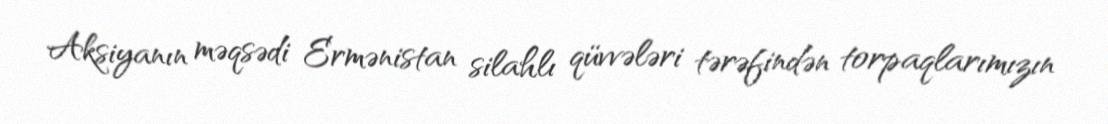
Aksiyanın məqsədi Ermənistan silahlı qüvvələri tərəfindən torpaqlarımızın